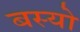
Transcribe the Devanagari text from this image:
बस्‍यो